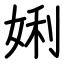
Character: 娳